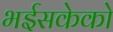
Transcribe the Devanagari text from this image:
भईसकेको